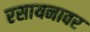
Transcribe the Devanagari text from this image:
रसायनावर